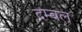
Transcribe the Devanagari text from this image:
दम्बल